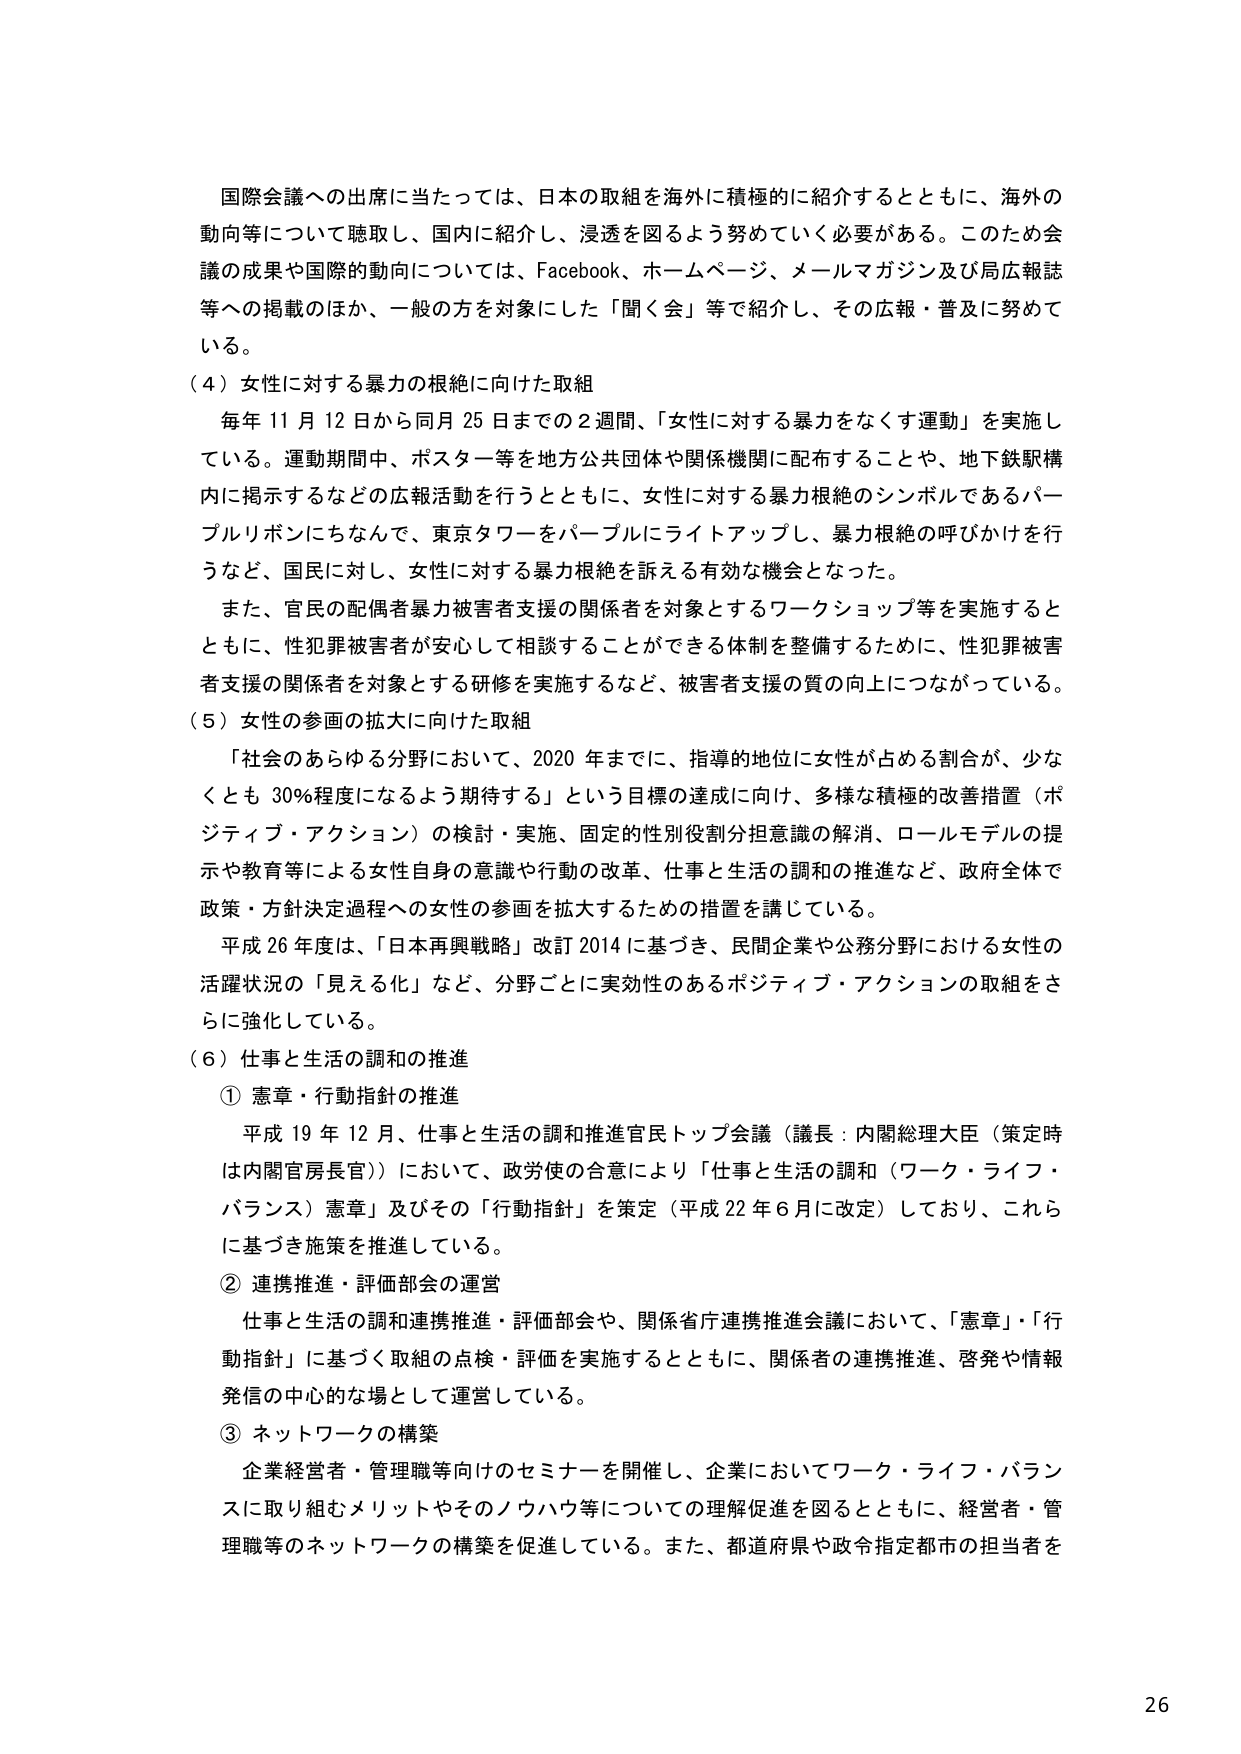
国際会議への出席に当たっては、日本の取組を海外に積極的に紹介するとともに、海外の動向等について聴取し、国内に紹介し、浸透を図るよう努めていく必要がある。このため会議の成果や国際的動向については、Facebook、ホームページ、メールマガジン及び局広報誌等への掲載のほか、一般の方を対象にした「聞く会」等で紹介し、その広報・普及に努めている。

（４）女性に対する暴力の根絶に向けた取組
毎年11月12日から同月25日までの2週間、「女性に対する暴力をなくす運動」を実施している。運動期間中、ポスター等を地方公共団体や関係機関に配布することや、地下鉄駅構内に掲示するなどの広報活動を行うとともに、女性に対する暴力根絶のシンボルであるパープルリボンにちなんで、東京タワーをパープルにライトアップし、暴力根絶の呼びかけを行うなど、国民に対し、女性に対する暴力根絶を訴える有効な機会となった。
また、官民の配偶者暴力被害者支援の関係者を対象とするワークショップ等を実施するとともに、性犯罪被害者が安心して相談することができる体制を整備するために、性犯罪被害者支援の関係者を対象とする研修を実施するなど、被害者支援の質の向上につながっている。

（５）女性の参画の拡大に向けた取組
「社会のあらゆる分野において、2020年までに、指導的地位に女性が占める割合が、少なくとも30％程度になるよう期待する」という目標の達成に向け、多様な積極的改善措置（ポジティブ・アクション）の検討・実施、固定的性別役割分担意識の解消、ロールモデルの提示や教育等による女性自身の意識や行動の改革、仕事と生活の調和の推進など、政府全体で政策・方針決定過程への女性の参画を拡大するための措置を講じている。
平成26年度は、「日本再興戦略」改訂2014に基づき、民間企業や公務分野における女性の活躍状況の「見える化」など、分野ごとに実効性のあるポジティブ・アクションの取組をさらに強化している。

（６）仕事と生活の調和の推進
① 憲章・行動指針の推進
平成19年12月、仕事と生活の調和推進官民トップ会議（議長：内閣総理大臣（策定時は内閣官房長官））において、政労使の合意により「仕事と生活の調和（ワーク・ライフ・バランス）憲章」及びその「行動指針」を策定（平成22年6月に改定）しており、これらに基づき施策を推進している。
② 連携推進・評価部会の運営
仕事と生活の調和連携推進・評価部会や、関係省庁連携推進会議において、「憲章」・「行動指針」に基づく取組の点検・評価を実施するとともに、関係者の連携推進、啓発や情報発信の中心的な場として運営している。
③ ネットワークの構築
企業経営者・管理職等向けのセミナーを開催し、企業においてワーク・ライフ・バランスに取り組むメリットやそのノウハウ等についての理解促進を図るとともに、経営者・管理職等のネットワークの構築を促進している。また、都道府県や政令指定都市の担当者を

26